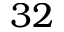
3 2